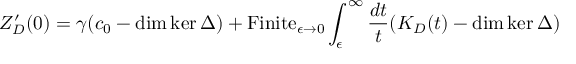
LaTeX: Z _ { D } ^ { \prime } ( 0 ) = \gamma ( c _ { 0 } - \dim \ker \Delta ) + \mathrm { F i n i t e } _ { \epsilon \to 0 } \int _ { \epsilon } ^ { \infty } { \frac { d t } { t } } ( K _ { D } ( t ) - \dim \ker \Delta )